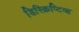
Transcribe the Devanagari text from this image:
डिस्क्रिप्टिव्ह